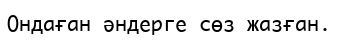
Ондаған әндерге сөз жазған.